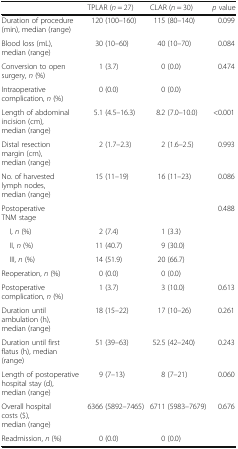
<table><thead><tr><td></td><td><b>TPLAR (<i>n</i> = 27)</b></td><td><b>CLAR (<i>n</i> = 30)</b></td><td><b><i>p</i> value</b></td></tr></thead><tbody><tr><td>Duration of procedure (min), median (range)</td><td>120 (100–160)</td><td>115 (80–140)</td><td>0.099</td></tr><tr><td>Blood loss (mL), median (range)</td><td>30 (10–60)</td><td>40 (10–70)</td><td>0.084</td></tr><tr><td>Conversion to open surgery, <i>n</i> (%)</td><td>1 (3.7)</td><td>0 (0.0)</td><td>0.474</td></tr><tr><td>Intraoperative complication, <i>n</i> (%)</td><td>0 (0.0)</td><td>0 (0.0)</td><td></td></tr><tr><td>Length of abdominal incision (cm), median (range)</td><td>5.1 (4.5–16.3)</td><td>8.2 (7.0–10.0)</td><td>&lt;0.001</td></tr><tr><td>Distal resection margin (cm), median (range)</td><td>2 (1.7–2.3)</td><td>2 (1.6–2.5)</td><td>0.993</td></tr><tr><td>No. of harvested lymph nodes, median (range)</td><td>15 (11–19)</td><td>16 (11–23)</td><td>0.086</td></tr><tr><td>Postoperative TNM stage</td><td></td><td></td><td>0.488</td></tr><tr><td> I, <i>n</i> (%)</td><td>2 (7.4)</td><td>1 (3.3)</td><td></td></tr><tr><td> II, <i>n</i> (%)</td><td>11 (40.7)</td><td>9 (30.0)</td><td></td></tr><tr><td> III, <i>n</i> (%)</td><td>14 (51.9)</td><td>20 (66.7)</td><td></td></tr><tr><td>Reoperation, <i>n</i> (%)</td><td>0 (0.0)</td><td>0 (0.0)</td><td></td></tr><tr><td>Postoperative complication, <i>n</i> (%)</td><td>1 (3.7)</td><td>3 (10.0)</td><td>0.613</td></tr><tr><td>Duration until ambulation (h), median (range)</td><td>18 (15–22)</td><td>17 (10–26)</td><td>0.261</td></tr><tr><td>Duration until first flatus (h), median (range)</td><td>51 (39–63)</td><td>52.5 (42–240)</td><td>0.243</td></tr><tr><td>Length of postoperative hospital stay (d), median (range)</td><td>9 (7–13)</td><td>8 (7–21)</td><td>0.060</td></tr><tr><td>Overall hospital costs ($), median (range)</td><td>6366 (5892–7465)</td><td>6711 (5983–7679)</td><td>0.676</td></tr><tr><td>Readmission, <i>n</i> (%)</td><td>0 (0.0)</td><td>0 (0.0)</td><td></td></tr></tbody></table>